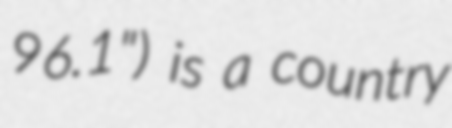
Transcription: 96.1") is a country